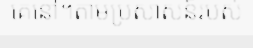
គេនៅ។តាមប្រសាសន៍របស់